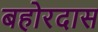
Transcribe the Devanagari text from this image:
बहोरदास